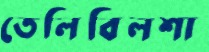
তেলিবিলশা